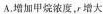
A.增加甲烷浓度，r 增大